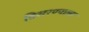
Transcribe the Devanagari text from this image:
विसरण्याला